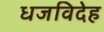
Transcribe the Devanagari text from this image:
धजविदेह